Report of an investigation of the epidemic of malarial fever in Assam, or, kala-azar
Disease focus: Malaria
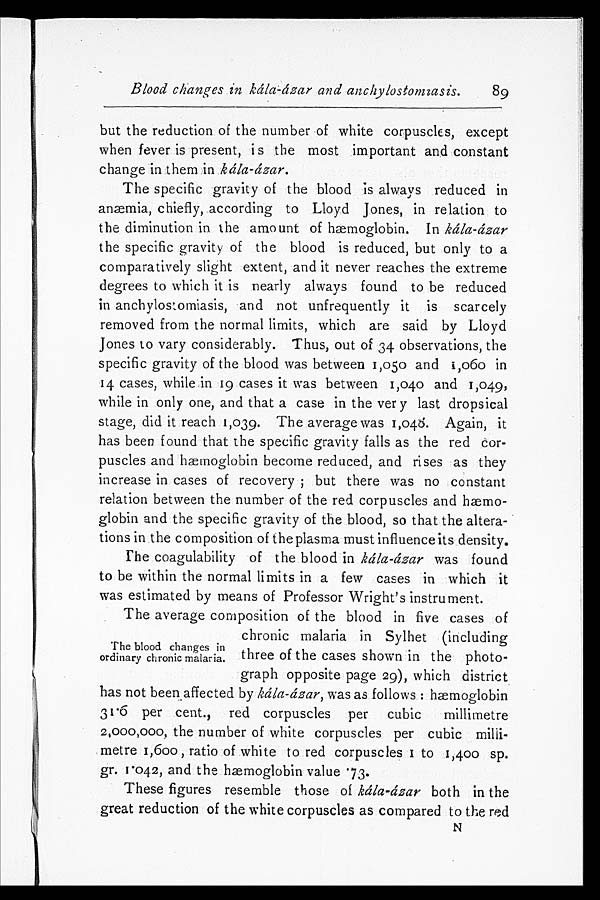
Blood changes in kála-ázar and anchylostomiasis.
89
but the reduction of the number of white corpuscles, except
when fever is present, is the most important and constant
change in them in kála-ázar.
The specific gravity of the blood is always reduced in
anæmia, chiefly, according to Lloyd Jones, in relation to
the diminution in the amount of hæmoglobin. In kála-ázar
the specific gravity of the blood is reduced, but only to a
comparatively slight extent, and it never reaches the extreme
degrees to which it is nearly always found to be reduced
in anchylostomiasis, and not unfrequently it is scarcely
removed from the normal limits, which are said by Lloyd
Jones to vary considerably. Thus, out of 34 observations, the
specific gravity of the blood was between 1,050 and 1,060 in
14 cases, while in 19 cases it was between 1,040 and 1,049,
while in only one, and that a case in the very last dropsical
stage, did it reach 1,039. The average was 1,048. Again, it
has been found that the specific gravity falls as the red cor
-puscles and hæmoglobin become reduced, and rises as they
increase in cases of recovery; but there was no constant
relation between the number of the red corpuscles and hæmo
-globin and the specific gravity of the blood, so that the altera
-tions in the composition of the plasma must influence its density.
The coagulability of the blood in kála-ázar was found
to be within the normal limits in a few cases in which it
was estimated by means of Professor Wright's instrument.
The blood changes in
Drdinary chronic malaria.
The average composition of the blood in five cases of
chronic malaria in Sylhet (including
three of the cases shown in the photo
-graph opposite page 29), which district
has not been affected by kála-ázar, was as follows: hæmoglobin
31.6 per cent., red corpuscles per cubic millimetre
2,000,000, the number of white corpuscles per cubic milli
- m e t r e 1 , 6 0 0 , r a t i o o f w h i t e t o r e d c o r p u s c l e s 1 t o 1 , 4 0 0 s p .
gr. 1.042, and the hæmoglobin value .73.
These figures resemble those of kála-ázar both in the
great reduction of the white corpuscles as compared to the redN